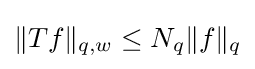
\|Tf\|_{q,w}\leq N_{q}\|f\|_{q}